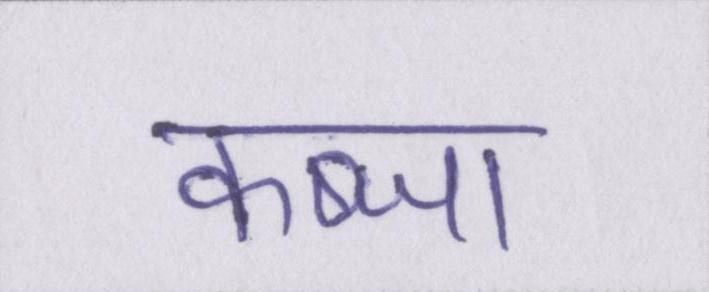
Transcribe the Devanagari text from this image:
कब्जा